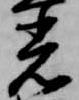
光